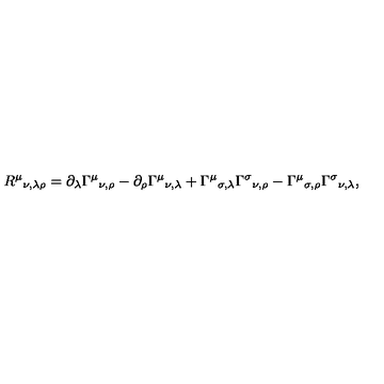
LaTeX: R ^ { \mu } { } _ { \nu , \lambda \rho } = \partial _ { \lambda } \Gamma ^ { \mu } { } _ { \nu , \rho } - \partial _ { \rho } \Gamma ^ { \mu } { } _ { \nu , \lambda } + \Gamma ^ { \mu } { } _ { \sigma , \lambda } \Gamma ^ { \sigma } { } _ { \nu , \rho } - \Gamma ^ { \mu } { } _ { \sigma , \rho } \Gamma ^ { \sigma } { } _ { \nu , \lambda } ,